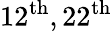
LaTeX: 12^{\mathrm{th}},22^{\mathrm{th}}